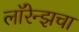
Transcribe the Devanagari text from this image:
लॉरेन्झचा